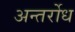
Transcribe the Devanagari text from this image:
अन्तर्रोध